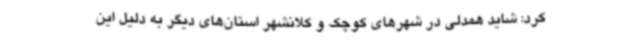
کرد: شاید همدلی در شهرهای کوچک و کلانشهر استان‌های دیگر به دلیل این